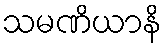
သမဏိယာနိ